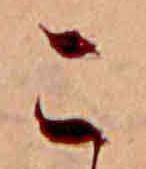
こ